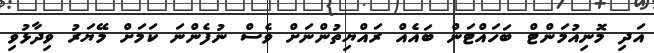
އަދި މޮނިއުމަންޓް ބަހައްޓަން ބައެއް ރައްޔިތުންނަށް ވެސް ނުފެންނަ ކަމަށް މޭޔަރު ވިދާޅުވި